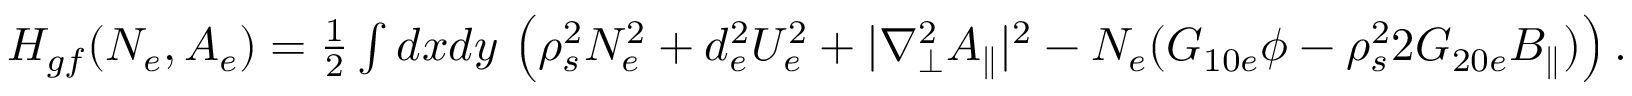
\begin{array} { r l } & { H _ { g f } ( N _ { e } , A _ { e } ) = \frac { 1 } { 2 } \int d x d y \, \left( \rho _ { s } ^ { 2 } N _ { e } ^ { 2 } + d _ { e } ^ { 2 } U _ { e } ^ { 2 } + | \nabla _ { \perp } ^ { 2 } A _ { \parallel } | ^ { 2 } - N _ { e } ( G _ { 1 0 e } \phi - \rho _ { s } ^ { 2 } 2 G _ { 2 0 e } B _ { \parallel } ) \right) . } \end{array}